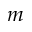
m